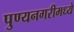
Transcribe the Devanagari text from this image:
पुण्यनगरीमध्ये